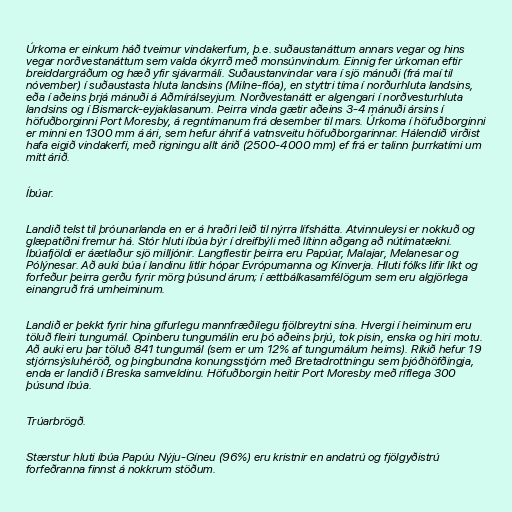
Úrkoma er einkum háð tveimur vindakerfum, þ.e. suðaustanáttum annars vegar og hins
vegar norðvestanáttum sem valda ókyrrð með monsúnvindum. Einnig fer úrkoman eftir
breiddargráðum og hæð yfir sjávarmáli. Suðaustanvindar vara í sjö mánuði (frá maí til
nóvember) í suðaustasta hluta landsins (Milne-flóa), en styttri tíma í norðurhluta landsins,
eða í aðeins þrjá mánuði á Aðmírálseyjum. Norðvestanátt er algengari í norðvesturhluta
landsins og í Bismarck-eyjaklasanum. Þeirra vinda gætir aðeins 3-4 mánuði ársins í
höfuðborginni Port Moresby, á regntímanum frá desember til mars. Úrkoma í höfuðborginni
er minni en 1300 mm á ári, sem hefur áhrif á vatnsveitu höfuðborgarinnar. Hálendið virðist
hafa eigið vindakerfi, með rigningu allt árið (2500-4000 mm) ef frá er talinn þurrkatími um
mitt árið.

Íbúar.

Landið telst til þróunarlanda en er á hraðri leið til nýrra lífshátta. Atvinnuleysi er nokkuð og
glæpatíðni fremur há. Stór hluti íbúa býr í dreifbýli með lítinn aðgang að nútímatækni.
Íbúafjöldi er áætlaður sjö milljónir. Langflestir þeirra eru Papúar, Malajar, Melanesar og
Pólýnesar. Að auki búa í landinu litlir hópar Evrópumanna og Kínverja. Hluti fólks lifir líkt og
forfeður þeirra gerðu fyrir mörg þúsund árum; í ættbálkasamfélögum sem eru algjörlega
einangruð frá umheiminum.

Landið er þekkt fyrir hina gífurlegu mannfræðilegu fjölbreytni sína. Hvergi í heiminum eru
töluð fleiri tungumál. Opinberu tungumálin eru þó aðeins þrjú, tok pisin, enska og hiri motu.
Að auki eru þar töluð 841 tungumál (sem er um 12% af tungumálum heims). Ríkið hefur 19
stjórnsýsluhéröð, og þingbundna konungsstjórn með Bretadrottningu sem þjóðhöfðingja,
enda er landið í Breska samveldinu. Höfuðborgin heitir Port Moresby með ríflega 300
þúsund íbúa.

Trúarbrögð.

Stærstur hluti íbúa Papúu Nýju-Gíneu (96%) eru kristnir en andatrú og fjölgyðistrú
forfeðranna finnst á nokkrum stöðum.